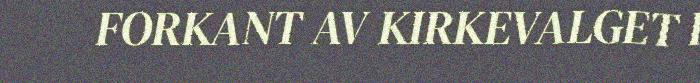
FORKANT AV KIRKEVALGET I